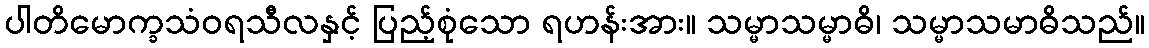
ပါတိမောက္ခသံဝရသီလနှင့် ပြည့်စုံသော ရဟန်းအား။ သမ္မာသမ္မာဓိ၊ သမ္မာသမာဓိသည်။